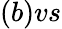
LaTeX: (b)vs